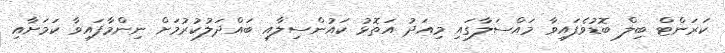
ކަރަންޓް ބިލް ބޮޑުވެފައިވާ މައްސަލާގައި މިއަދު އަތޮޅު ކައުންސިލާއި ބައްދަލުކުރުމަށް ނިންމާފައިވާ ކަމަށާއި